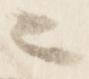
ニ